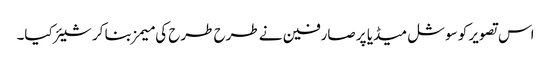
اس تصویر کو سوشل میڈیا پر صارفین نے طرح طرح کی میمز بنا کر شیئر کیا۔